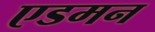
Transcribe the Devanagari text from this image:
एडमन